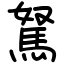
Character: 駑